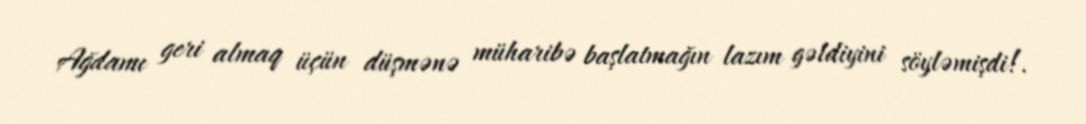
Ağdamı geri almaq üçün düşmənə müharibə başlatmağın lazım gəldiyini söyləmişdi!.